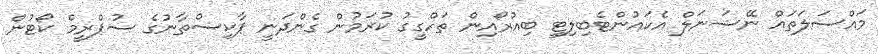
މައްސަލަތައް ނޭޝަނަލް އެކައުންޓެބިލިޓީ ބިއުރޯއިން ތަހްގީގު ކުރަމުން ގެންދަނީ ޕާކިސްތާނުގެ ސުޕްރީމް ކޯޓުން